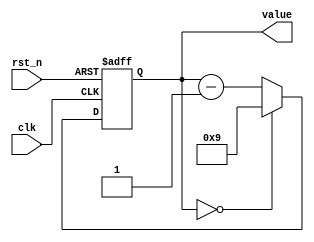
`timescale 1ns / 1ps
//////////////////////////////////////////////////////////////////////////////////
// Company: 
// Engineer: 
// 
// Design Name: 
// Module Name: bcd_down_counter
// Project Name: 
// Target Devices: 
// Tool Versions: 
// Description: 
// 
// Dependencies: 
// 
// Revision:
// Revision 0.01 - File Created
// Additional Comments:
// 
//////////////////////////////////////////////////////////////////////////////////

module bcd_up_counter(
    value,  //count result
    rst_n,  //global reset
    clk     //divided clock
);
output [3:0] value;
input rst_n, clk;
reg [3:0] value;
reg [3:0] value_tmp;    //the next_state of value

always @*
    if (value == 0)
        value_tmp = 4'd9;
    else
        value_tmp = value - 1;

always @(posedge clk or negedge rst_n)
    if (~rst_n)
        value <= 4'd0;
    else
        value <= value_tmp;

endmodule